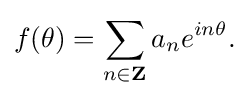
\displaystyle {f(\theta )=\sum _{n\in {\mathbf {Z} }}a_{n}e^{in\theta }.}